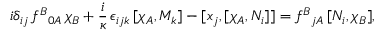
i \delta _ { i j } \, f ^ { B } { } _ { 0 A } \, \chi _ { B } + \frac { i } \kappa \, \epsilon _ { i j k } \, [ \chi _ { A } , M _ { k } ] - [ x _ { j } , [ \chi _ { A } , N _ { i } ] ] = f ^ { B } { } _ { j A } \, [ N _ { i } , \chi _ { B } ] ,